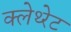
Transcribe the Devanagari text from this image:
क्लेथ्‍रेट